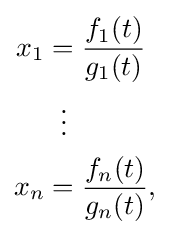
{\begin{aligned}x_{1}&={\frac {f_{1}(t)}{g_{1}(t)}}\\&\;\;\vdots \\x_{n}&={\frac {f_{n}(t)}{g_{n}(t)}},\end{aligned}}